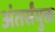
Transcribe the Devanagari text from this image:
अंतर्संयुक्त